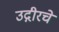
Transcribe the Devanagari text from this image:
उद्गीरचे